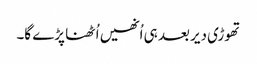
تھوڑی دیر بعد ہی اُنھیں اُٹھنا پڑے گا۔